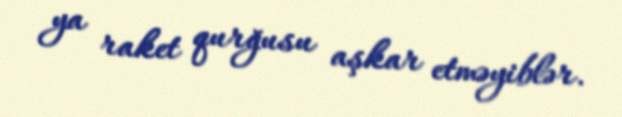
ya raket qurğusu aşkar etməyiblər.